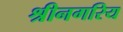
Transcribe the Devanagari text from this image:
श्रीनगरिय